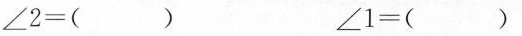
$$∠ 2 = ( )$$ $$∠ 1 = ( )$$